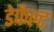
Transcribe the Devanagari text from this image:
डेफैल्ट